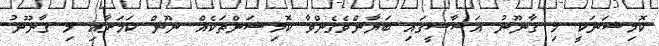
ކޮމިޝަނަކީ މި ޤާނޫނު އަސާސީގައި ބަޔާންވެގެންވާ ކޮމިޝަންތަކެއް ނޫން ކަމަށާއި މި ޤާނޫނު